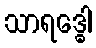
သာရဒ္ဓေါ